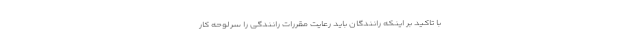
با تاکید بر اینکه رانندگان باید رعایت مقررات رانندگی را سرلوحه کار